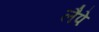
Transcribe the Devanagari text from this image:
लैपे